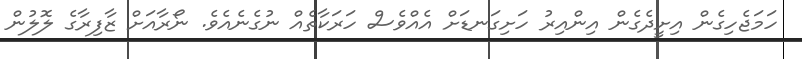
ހަމަޖެހިގެން އިށީދެގެން އިންއިރު ހަށިގަނޑަށް އެއްވެސް ހަރަކާތެއް ނުގެނެއެވެ. ނޯރާއަށް ޒާފިރާގެ ލޮލުން